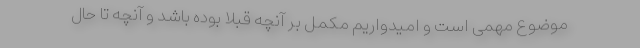
موضوع مهمی است و امیدواریم مکمل بر آنچه قبلا بوده باشد و آنچه تا حال